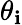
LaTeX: \theta_{\mathbf{i}}